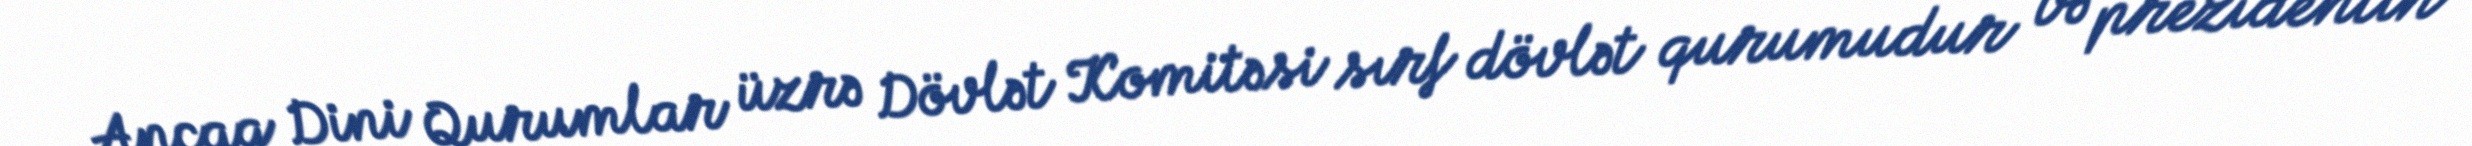
Ancaq Dini Qurumlar üzrə Dövlət Komitəsi sırf dövlət qurumudur və prezidentin